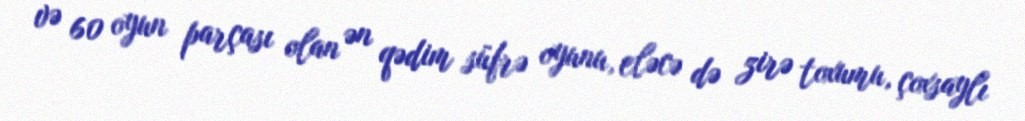
və 60 oyun parçası olan ən qədim süfrə oyunu, eləcə də zirə toxumu, çoxsaylı